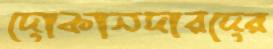
দোকানদারদের